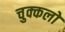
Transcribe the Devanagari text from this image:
चुक्कलो